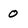
Character: 0